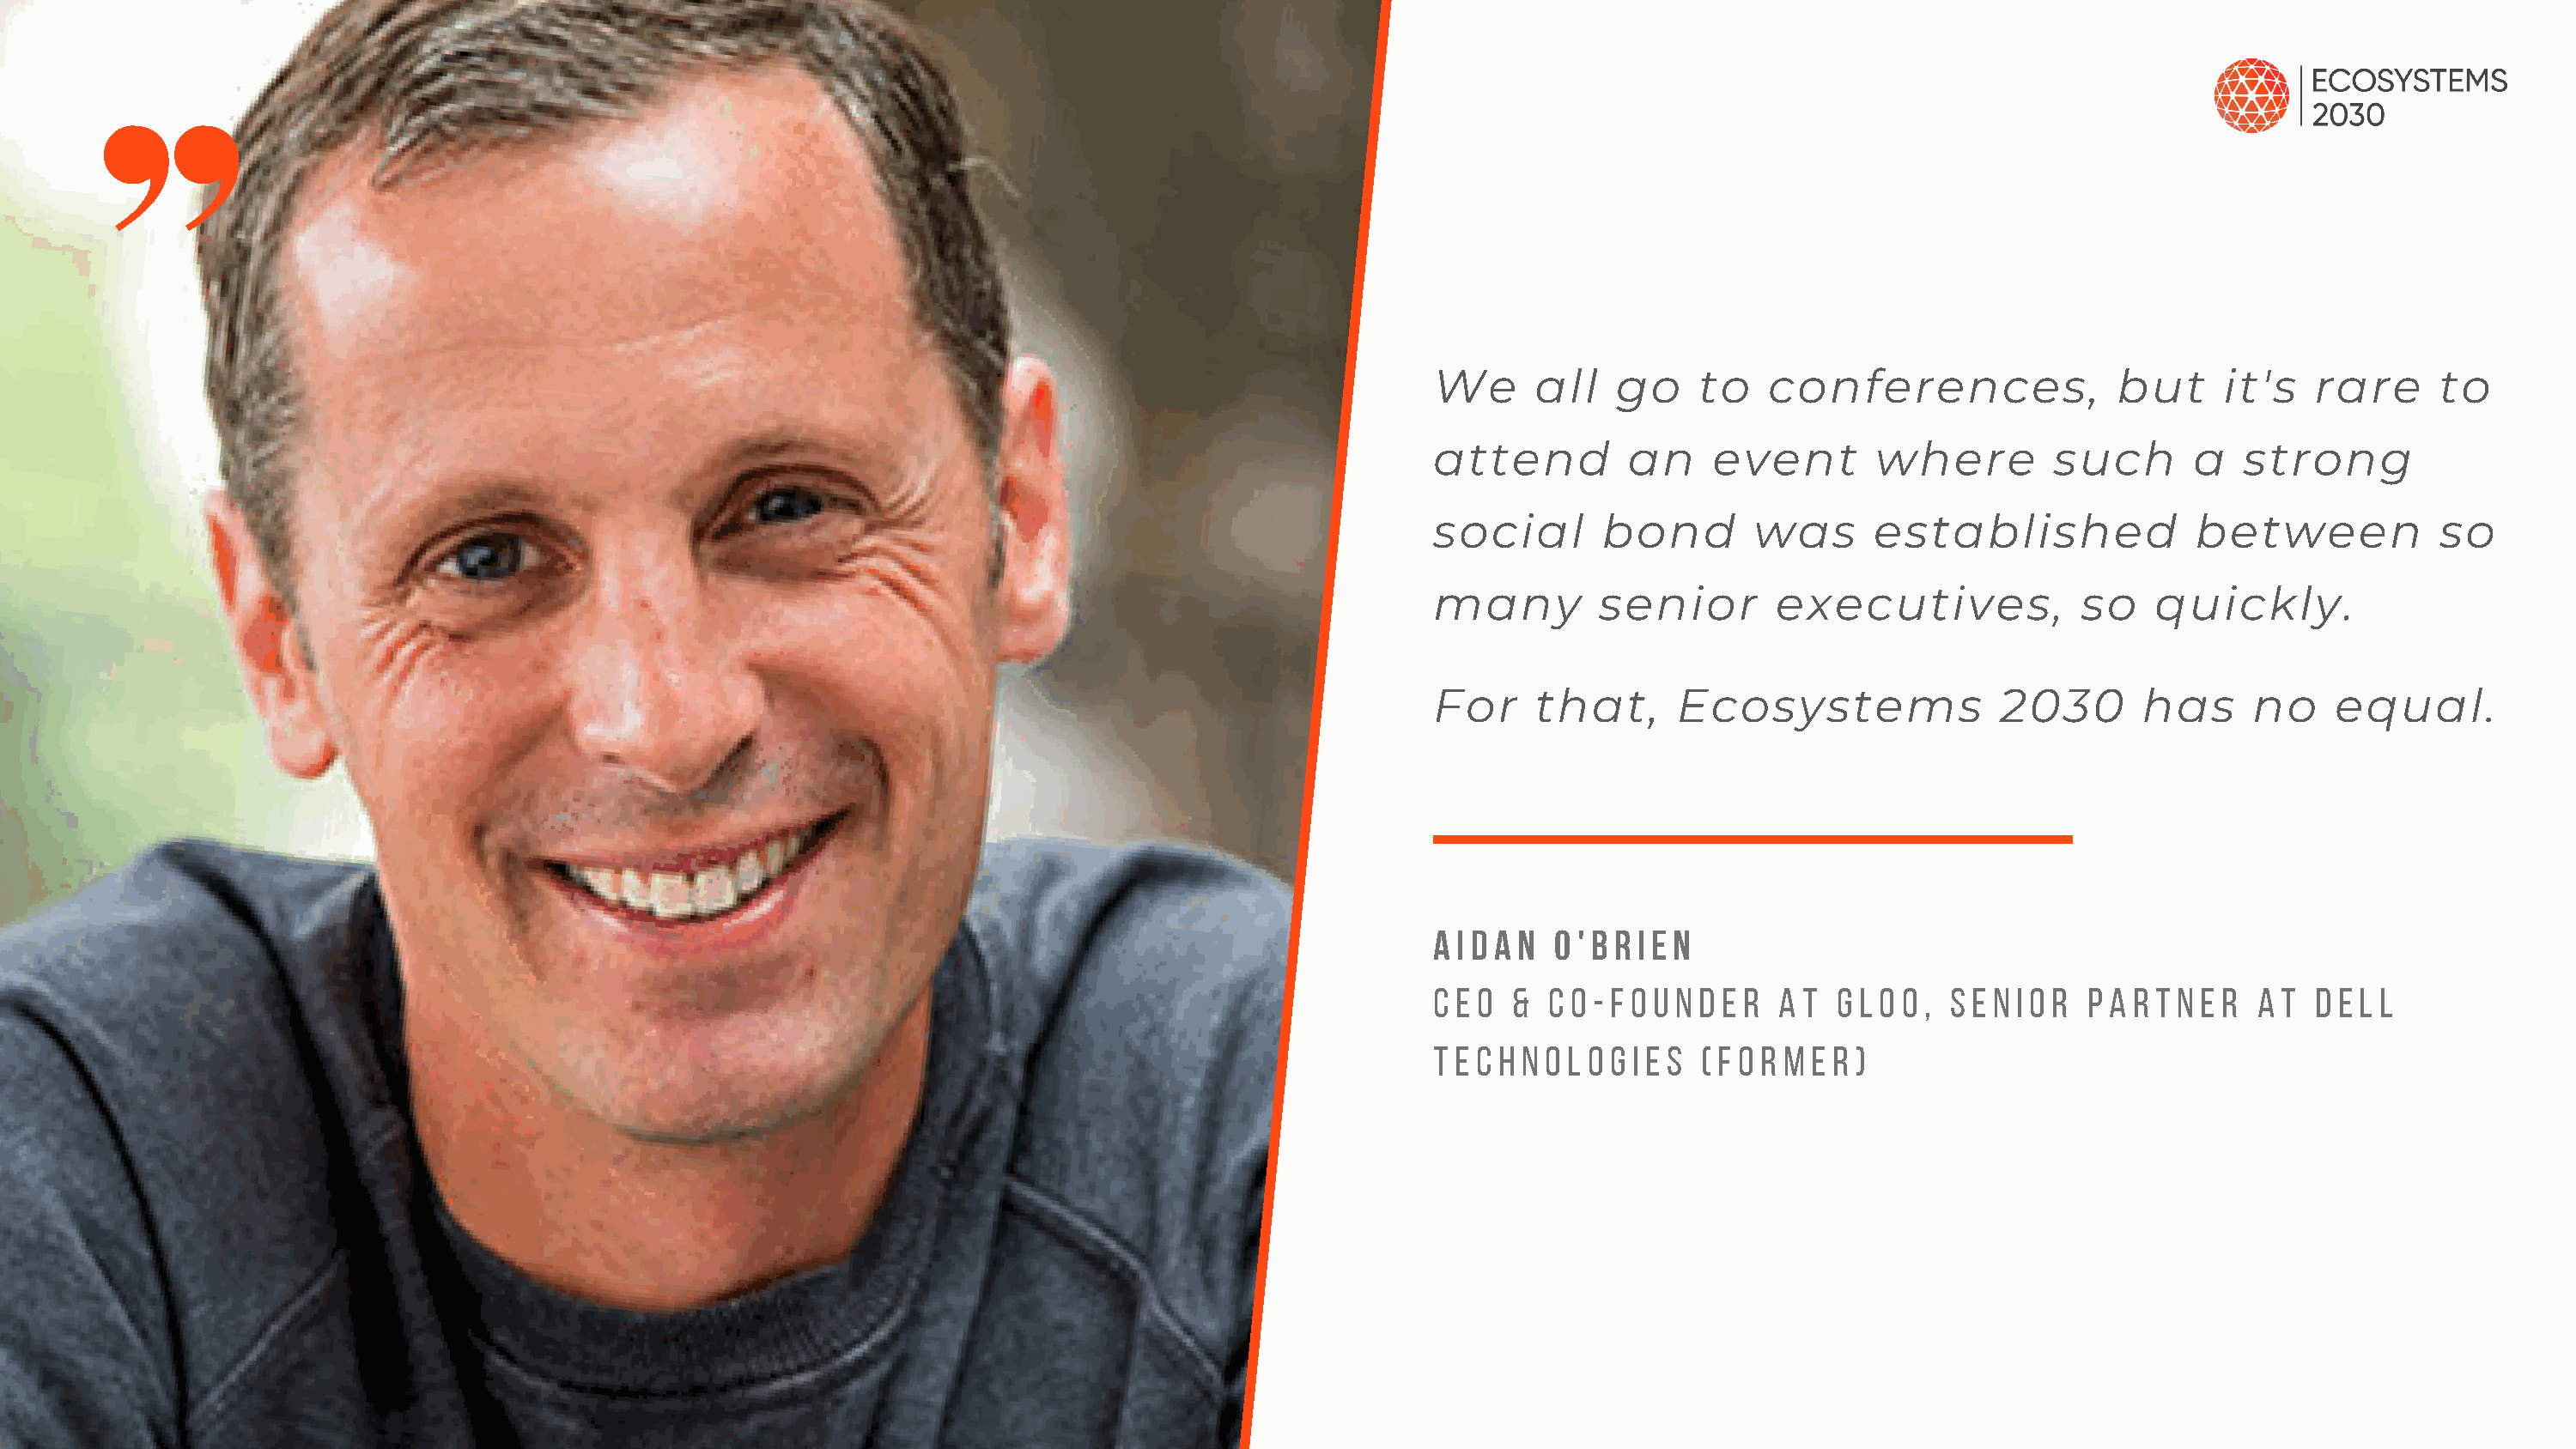
We     all    go    to   conferences,               but     it's   rare      to
 attend         an    event        where        such       a   strong
 social       bond       was      established              between            so
 many        senior        executives,            so    quickly.
 For    that,      Ecosystems               2030       has      no    equal.
 A i d a n o ' b r i e n
 C E O & C o - f o u n d e r a t g l o o , s e n i o r p a r t n e r a t d e l l
 t e c h n o l o g i e s ( f o r m e r )